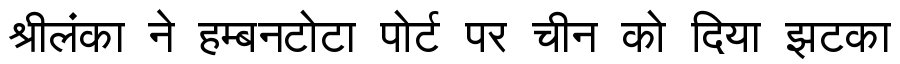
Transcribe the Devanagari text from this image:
श्रीलंका ने हम्बनटोटा पोर्ट पर चीन को दिया झटका